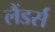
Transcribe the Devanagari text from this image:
लैंडर्स